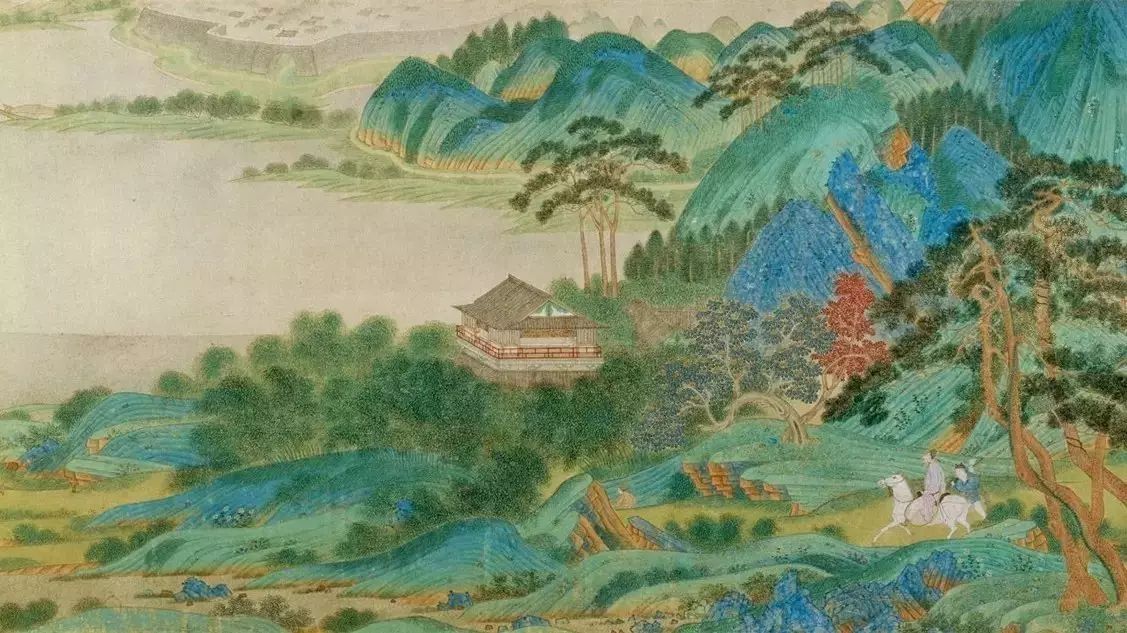
晚云都变露，新月初学扇，塞鸿一字来如线。